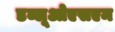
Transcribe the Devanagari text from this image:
डब्लूओएसएम